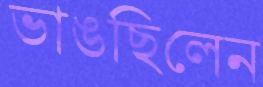
ভাঙছিলেন